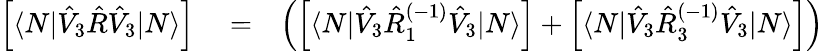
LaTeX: \begin{array}{rlr}{\left[\langle N|\hat{V}_{3}\hat{R}\hat{V}_{3}|N\rangle\right]}&{{}=}&{\left(\left[\langle N|\hat{V}_{3}\hat{R}_{1}^{(-1)}\hat{V}_{3}|N\rangle\right]+\left[\langle N|\hat{V}_{3}\hat{R}_{3}^{(-1)}\hat{V}_{3}|N\rangle\right]\right)}\end{array}